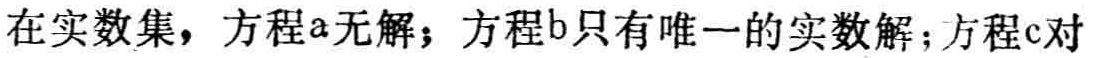
在实数集，方程a无解；方程b只有唯一的实数解；方程c对